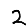
Digit: 2